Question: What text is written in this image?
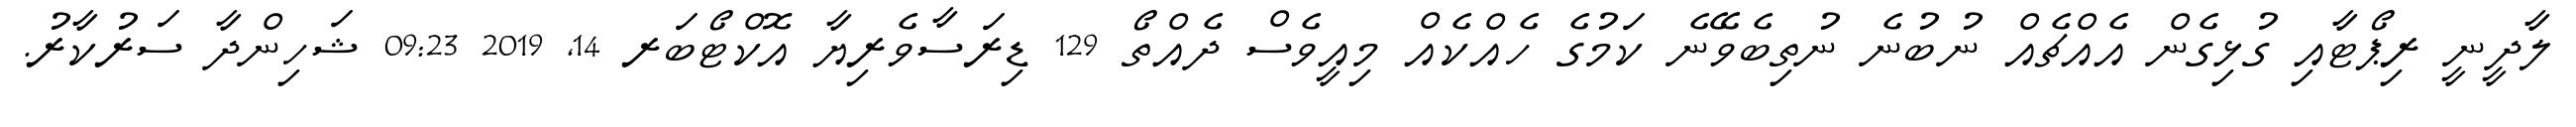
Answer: ލާދީނީ ރިޕޯޓާއި ގުޅިގެން އެއްޗެއް ނުބުނެ ނުތިބެވޭނެ ކަމުގެ ހެއްކެއް މިއީވެސް ދެއްތޯ 129 ޑިރަސާވެރިޔާ އޮކްޓޯބަރ 14, 2019 09:23 ޝަހިންދާ ސަރުކާރު.